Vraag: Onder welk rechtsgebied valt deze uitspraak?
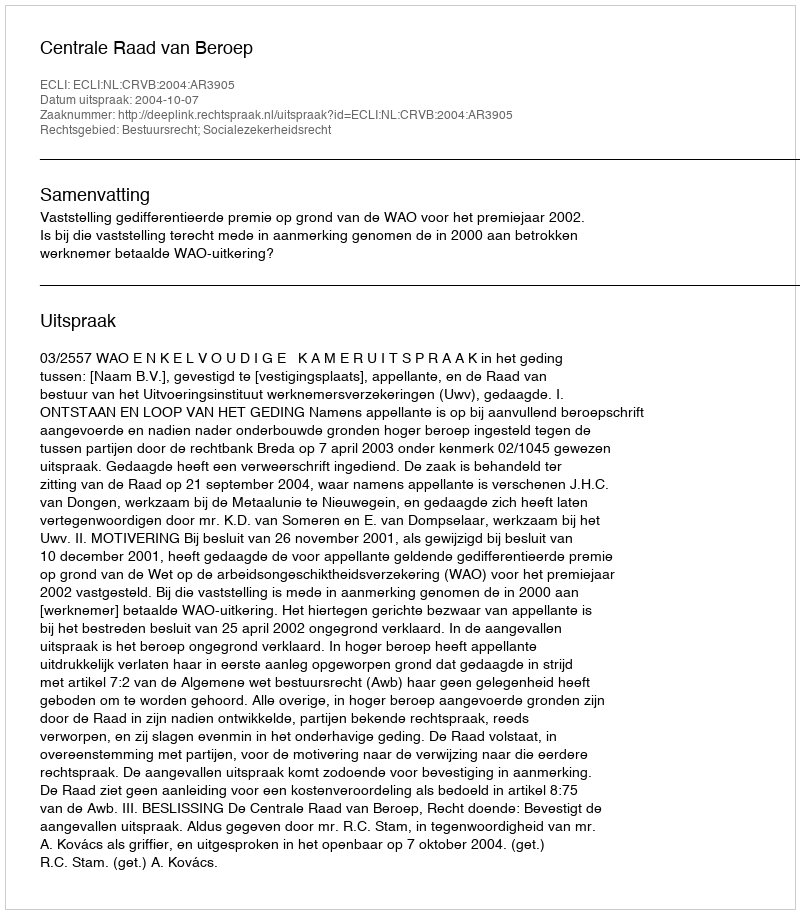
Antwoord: Bestuursrecht; Socialezekerheidsrecht